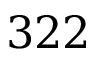
3 2 2